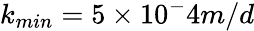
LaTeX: k_{min}=5\times 10^{-}4m/d